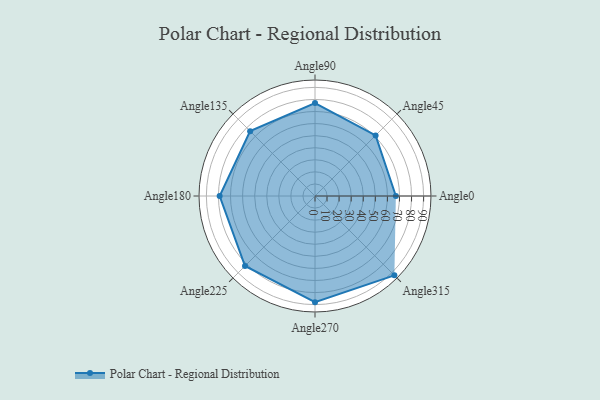
{"axis": {"x": "Angle", "y": "Radius"}, "legend": [""], "data": [{"x": "Angle0", "y": 67.0, "type": ""}, {"x": "Angle45", "y": 71.0, "type": ""}, {"x": "Angle90", "y": 77.0, "type": ""}, {"x": "Angle135", "y": 76.0, "type": ""}, {"x": "Angle180", "y": 79.0, "type": ""}, {"x": "Angle225", "y": 82.0, "type": ""}, {"x": "Angle270", "y": 88.0, "type": ""}, {"x": "Angle315", "y": 93.0, "type": ""}]}